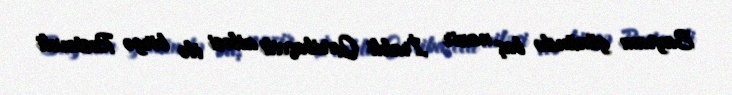
Bayram günündə baş nazir İrakli Qaribaşvili ailəsi ilə birgə Rustaveli